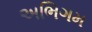
અભિગમ